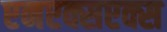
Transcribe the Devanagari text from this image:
एनएक्सएक्स